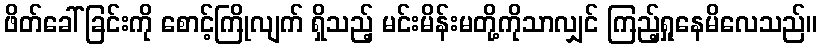
ဖိတ်ခေါ်ခြင်းကို စောင့်ကြိုလျက် ရှိသည့် မင်းမိန်းမတို့ကိုသာလျှင် ကြည့်ရှုနေမိလေသည်။